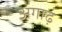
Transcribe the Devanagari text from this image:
अगाढ़